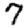
Digit: 7